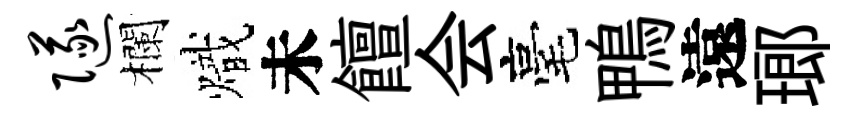
隧欄熾未饘会毫鴨遠瑯